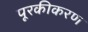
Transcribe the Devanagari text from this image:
पूरकीकरण